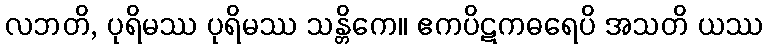
လဘတိ, ပုရိမဿ ပုရိမဿ သန္တိကေ။ ဧကပိဋကဓရေပိ အသတိ ယဿ